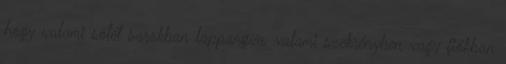
hogy valami sötét sarokban lappangva, valami szekrényben vagy fiókban